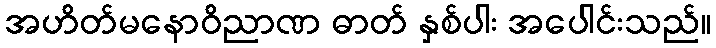
အဟိတ်မနောဝိညာဏ ဓာတ် နှစ်ပါး အပေါင်းသည်။